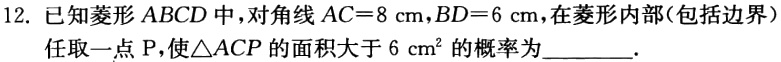
12. 已知菱形 \(ABCD\) 中，对角线 \(AC = 8\mathrm{cm}\)，\(BD = 6\mathrm{cm}\)，在菱形内部（包括边界）任取一点 \(P\)，使\(\triangle ACP\)的面积大于 \(6\mathrm{cm}^2\) 的概率为________.